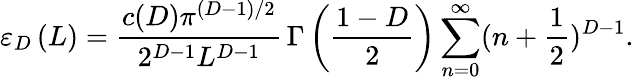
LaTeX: \varepsilon_{D}\left(L\right)=\frac{c(D)\pi^{(D-1)/2}}{2^{D-1}L^{D-1}}\, \Gamma\left(\frac{1-D}{2}\right)\sum_{n=0}^{\infty}(n+\frac 1{2})^{D-1}.